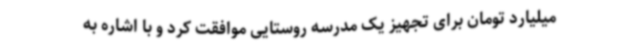
میلیارد تومان برای تجهیز یک مدرسه روستایی موافقت کرد و با اشاره به